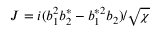
J = i ( b _ { 1 } ^ { 2 } b _ { 2 } ^ { * } - b _ { 1 } ^ { * 2 } b _ { 2 } ) / \sqrt { \chi }